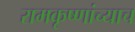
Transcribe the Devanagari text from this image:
रामकृष्णांच्याच